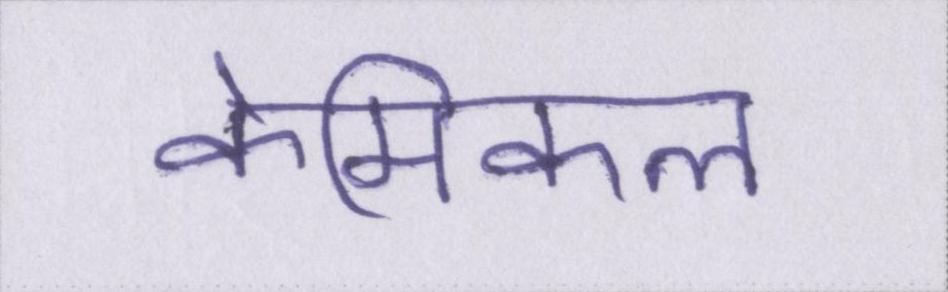
केमिकल